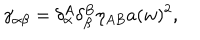
LaTeX: \gamma _ { \alpha \beta } = \delta _ { \alpha } ^ { A } \delta _ { \beta } ^ { B } \eta _ { A B } a ( w ) ^ { 2 } ,